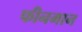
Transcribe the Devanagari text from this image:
फीनमान